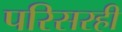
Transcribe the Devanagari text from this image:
परिसरही